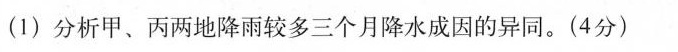
(1)分析甲、丙两地降雨较多三个月降水成因的异同。(4分)